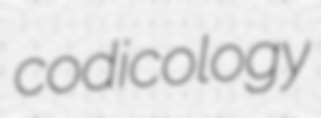
codicology